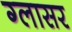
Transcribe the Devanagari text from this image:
ग्लासर